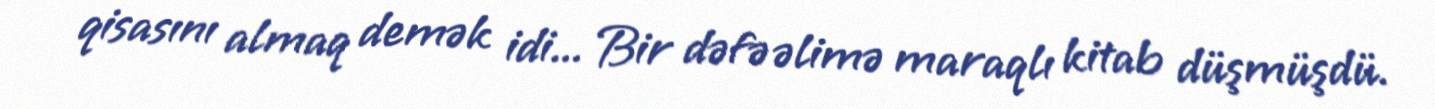
qisasını almaq demək idi... Bir dəfə əlimə maraqlı kitab düşmüşdü.